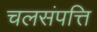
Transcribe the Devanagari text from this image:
चलसंपत्ति